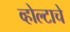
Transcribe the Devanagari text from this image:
व्होल्टाचे